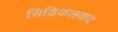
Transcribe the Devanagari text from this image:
सिंडिकलवाद